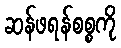
ဆန်ဖရန်စစ္စကို